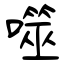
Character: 噬